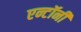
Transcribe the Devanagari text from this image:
एन्टॉनी